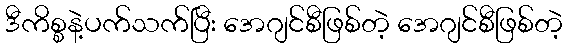
ဒီကိစ္စနဲ့ပက်သက်ပြီး အေဂျင်စီဖြစ်တဲ့ အေဂျင်စီဖြစ်တဲ့